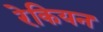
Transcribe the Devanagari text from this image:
रेकियन